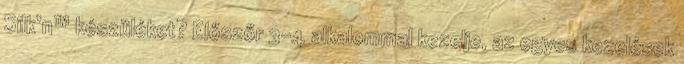
Silk’n™ készüléket? Előszőr 3-4 alkalommal kezelje, az egyes kezelések